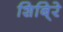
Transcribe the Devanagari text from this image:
शिबि्रे